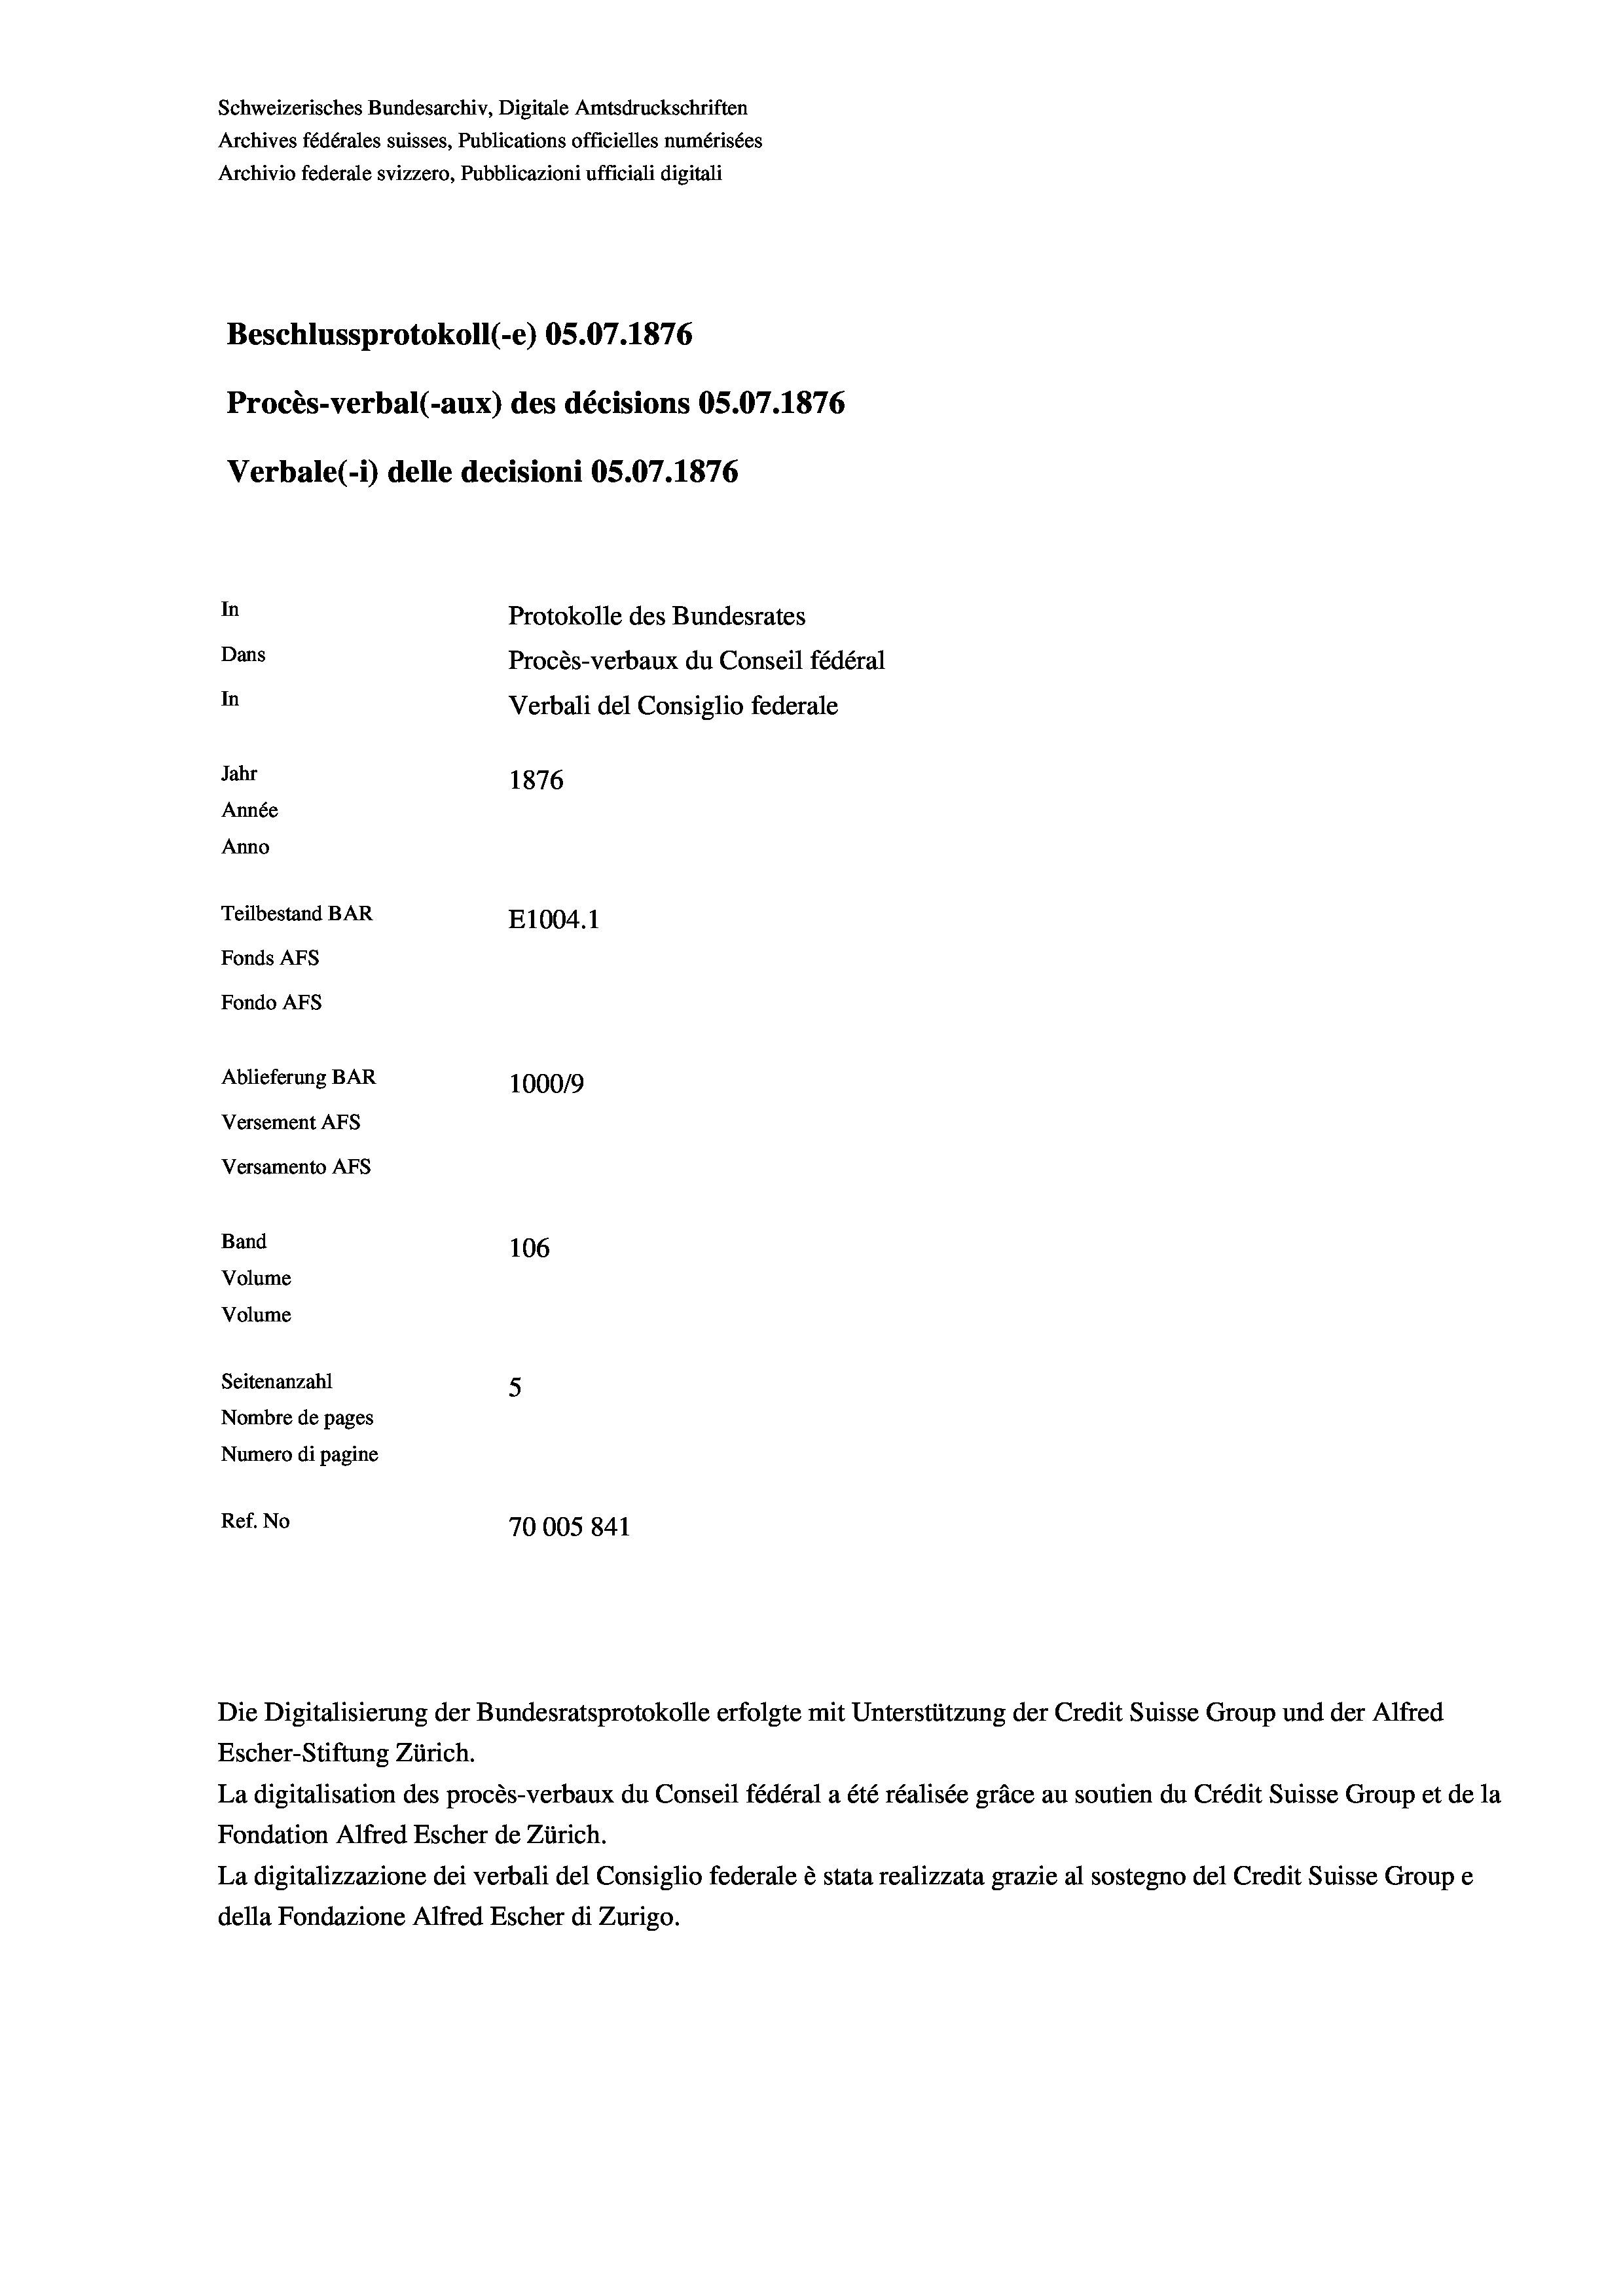
Schweizerisches Bundesarchiv, Digitale Amtsdruckschriften
Archives fédérales suisses, Publications officielles numérisées
Archivio federale svizzero, Pubblicazioni ufficiali digitali
Beschlussprotokoll (-e) 05.07. 1876
Procès-verbal (-aux) des décisions OS.07.1876
Verbale (1) delle decisioni OS.07. 1876
In
Protokolle des Bundesrates
Dans
Procès-verbaux du Conseil fédéral
In
Verbali del Consiglio federale
Jahr
1876
Année
Anno
Teilbestand BAR
E1004. 1
Fonds AFs
Fondo AFS
Ablieferung BAR
1000/9
Versement Abs

Versamento Afs
Band
Volume
Volume

106
Seitenanzahl
5
Nombre de pages
Numero di pagine
Ref. No
70005 841

Escher-Stiftung Zürich.
La digitalisation des procès-verbaux du Conseil fédéral a été réalisée gräce au soutien du Crédit Suisse Group et de la
Fondation Alfred Escher de Zürich.
La digitalizzazione dei verbali del Consiglio federale è stata realizzata grazie al sostegno del Credit Suisse Groupe
della Fondazione Alfred Escher di Zurigo.

Die Digitalisierung der Bundesratsprotokolle erfolgte mit Unterstützung der Credit Suisse Group und der Alfred